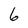
Character: 6